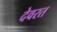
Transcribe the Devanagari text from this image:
देवरत